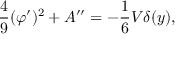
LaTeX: \frac { 4 } { 9 } ( \varphi ^ { \prime } ) ^ { 2 } + A ^ { \prime \prime } = - \frac { 1 } { 6 } V \delta ( y ) ,